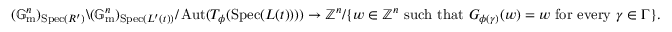
( \mathbb { G } _ { \mathrm { m } } ^ { n } ) _ { \operatorname { S p e c } ( R ^ { \prime } ) } \backslash ( \mathbb { G } _ { \mathrm { m } } ^ { n } ) _ { \operatorname { S p e c } ( L ^ { \prime } ( t ) ) } / \operatorname { A u t } ( T _ { \phi } ( \operatorname { S p e c } ( L ( t ) ) ) ) \to \mathbb { Z } ^ { n } / \{ w \in \mathbb { Z } ^ { n } \mathrm { ~ s u c h ~ t h a t ~ } G _ { \phi ( \gamma ) } ( w ) = w \mathrm { ~ f o r ~ e v e r y ~ } \gamma \in \Gamma \} .